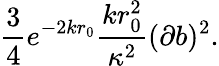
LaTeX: \frac{3}{4}e^{-2kr_{0}}\frac{kr_{0}^{2}}{\kappa^{2}}(\partial b)^{2}.